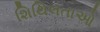
શિથિલતાઓ